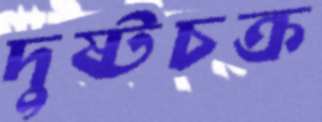
দুষ্টচক্র